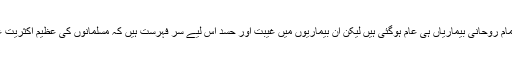
ہمارے زمانے میں یوں تو تمام روحانی بیماریاں ہی عام ہوگئی ہیں لیکن ان بیماریوں میں غیبت اور حسد اس لیے سر فہرست ہیں کہ مسلمانوں کی عظیم اکثریت غیبت اور حسد میں مبتلا ہے۔